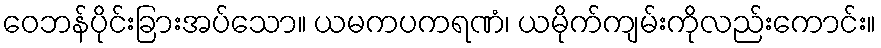
ဝေဘန်ပိုင်းခြားအပ်သော။ ယမကပကရဏံ၊ ယမိုက်ကျမ်းကိုလည်းကောင်း။